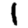
Digit: 1